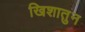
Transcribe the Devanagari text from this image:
खिशातुन